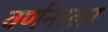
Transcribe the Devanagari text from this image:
वर्णनाला